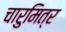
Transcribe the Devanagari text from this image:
चारुमित्र